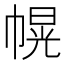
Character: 幌